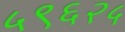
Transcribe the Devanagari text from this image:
५९६२५